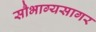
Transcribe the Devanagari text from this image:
सौभाग्यसागर